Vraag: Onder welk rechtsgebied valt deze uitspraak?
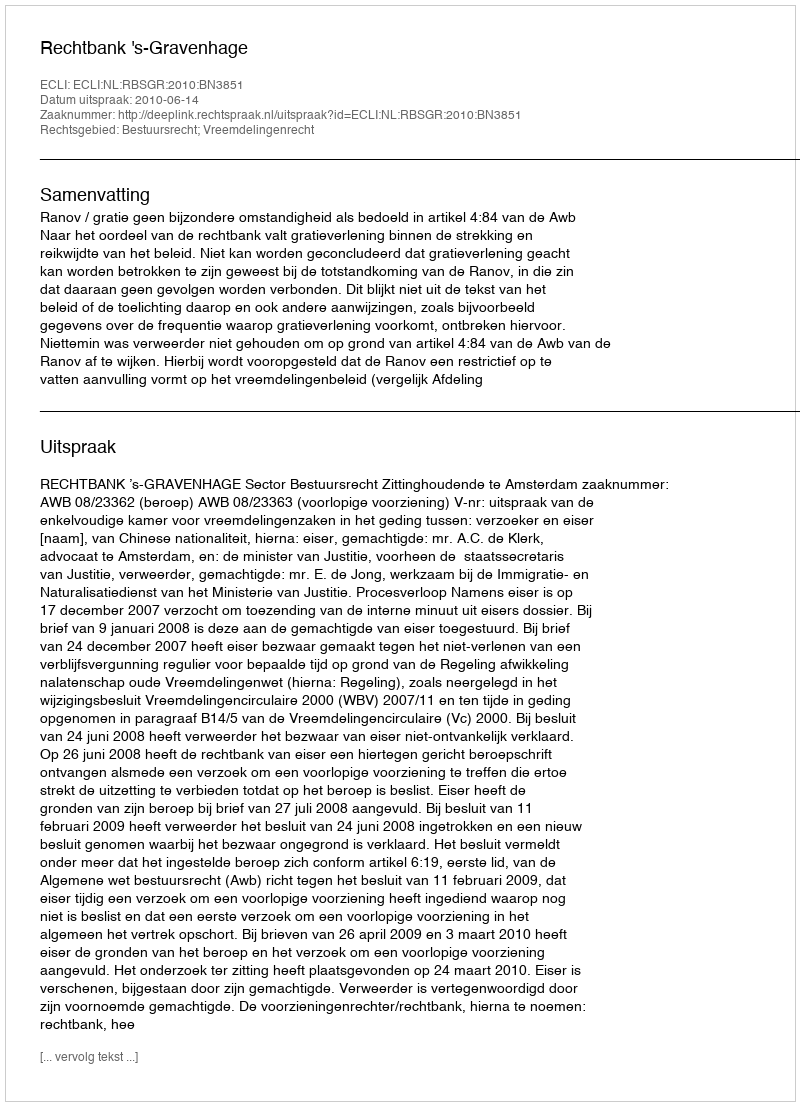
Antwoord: Bestuursrecht; Vreemdelingenrecht